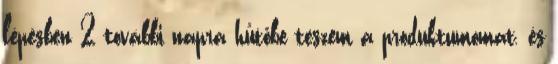
lépésben 2 további napra hűtőbe teszem a produktumomat, és